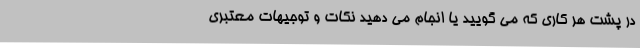
در پشت هر کاری که می گویید یا انجام می دهید نکات و توجیهات معتبری